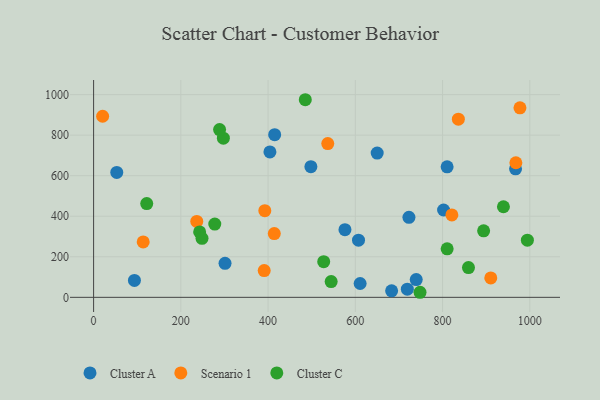
{"axis": {"x": "Investment", "y": "Profit"}, "legend": ["Cluster A", "Cluster C", "Scenario 1"], "data": [{"x": "607.3", "y": 281.8, "type": "Cluster A"}, {"x": "967.3", "y": 634.0, "type": "Cluster A"}, {"x": "802.3", "y": 430.9, "type": "Cluster A"}, {"x": "722.9", "y": 394.8, "type": "Cluster A"}, {"x": "650.1", "y": 711.8, "type": "Cluster A"}, {"x": "93.6", "y": 83.6, "type": "Cluster A"}, {"x": "719.2", "y": 40.2, "type": "Cluster A"}, {"x": "683.2", "y": 32.1, "type": "Cluster A"}, {"x": "498.1", "y": 644.4, "type": "Cluster A"}, {"x": "415.1", "y": 802.2, "type": "Cluster A"}, {"x": "301.3", "y": 167.7, "type": "Cluster A"}, {"x": "404.2", "y": 717.3, "type": "Cluster A"}, {"x": "576.2", "y": 333.8, "type": "Cluster A"}, {"x": "611.0", "y": 68.3, "type": "Cluster A"}, {"x": "739.6", "y": 87.6, "type": "Cluster A"}, {"x": "53.1", "y": 616.3, "type": "Cluster A"}, {"x": "810.4", "y": 643.7, "type": "Cluster A"}, {"x": "910.5", "y": 96.0, "type": "Scenario 1"}, {"x": "391.1", "y": 132.0, "type": "Scenario 1"}, {"x": "977.4", "y": 934.9, "type": "Scenario 1"}, {"x": "113.7", "y": 273.6, "type": "Scenario 1"}, {"x": "968.0", "y": 663.8, "type": "Scenario 1"}, {"x": "20.7", "y": 893.2, "type": "Scenario 1"}, {"x": "236.5", "y": 374.3, "type": "Scenario 1"}, {"x": "392.5", "y": 427.7, "type": "Scenario 1"}, {"x": "836.2", "y": 879.0, "type": "Scenario 1"}, {"x": "414.2", "y": 314.5, "type": "Scenario 1"}, {"x": "536.8", "y": 758.5, "type": "Scenario 1"}, {"x": "821.3", "y": 406.5, "type": "Scenario 1"}, {"x": "939.5", "y": 446.9, "type": "Cluster C"}, {"x": "297.5", "y": 785.0, "type": "Cluster C"}, {"x": "288.8", "y": 827.8, "type": "Cluster C"}, {"x": "277.8", "y": 361.6, "type": "Cluster C"}, {"x": "243.1", "y": 322.9, "type": "Cluster C"}, {"x": "994.4", "y": 281.9, "type": "Cluster C"}, {"x": "248.5", "y": 291.2, "type": "Cluster C"}, {"x": "810.5", "y": 239.2, "type": "Cluster C"}, {"x": "527.5", "y": 175.9, "type": "Cluster C"}, {"x": "121.8", "y": 462.5, "type": "Cluster C"}, {"x": "894.1", "y": 328.1, "type": "Cluster C"}, {"x": "859.4", "y": 146.7, "type": "Cluster C"}, {"x": "748.3", "y": 25.0, "type": "Cluster C"}, {"x": "544.6", "y": 78.0, "type": "Cluster C"}, {"x": "485.3", "y": 974.8, "type": "Cluster C"}]}